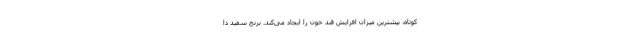
کوتاه، بیشترین میزان افزایش قند خون را ایجاد می‌کند. برنج سفید دا